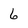
Character: 6